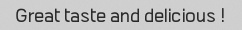
! Great taste and delicious